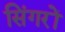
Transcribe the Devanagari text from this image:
सिंगरों